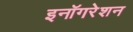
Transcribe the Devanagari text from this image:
इनॉगरेशन